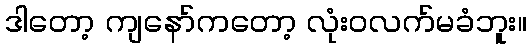
ဒါတော့ ကျနော်ကတော့ လုံးဝလက်မခံဘူး။